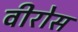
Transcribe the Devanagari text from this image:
वीरोस